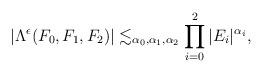
LaTeX: \begin{align*}|\Lambda^{\epsilon}(F_0,F_1,F_2)|\lesssim_{\alpha_{0},\alpha_{1},\alpha_{2}}\prod_{i=0}^{2} |E_{i}|^{\alpha_{i}},\end{align*}